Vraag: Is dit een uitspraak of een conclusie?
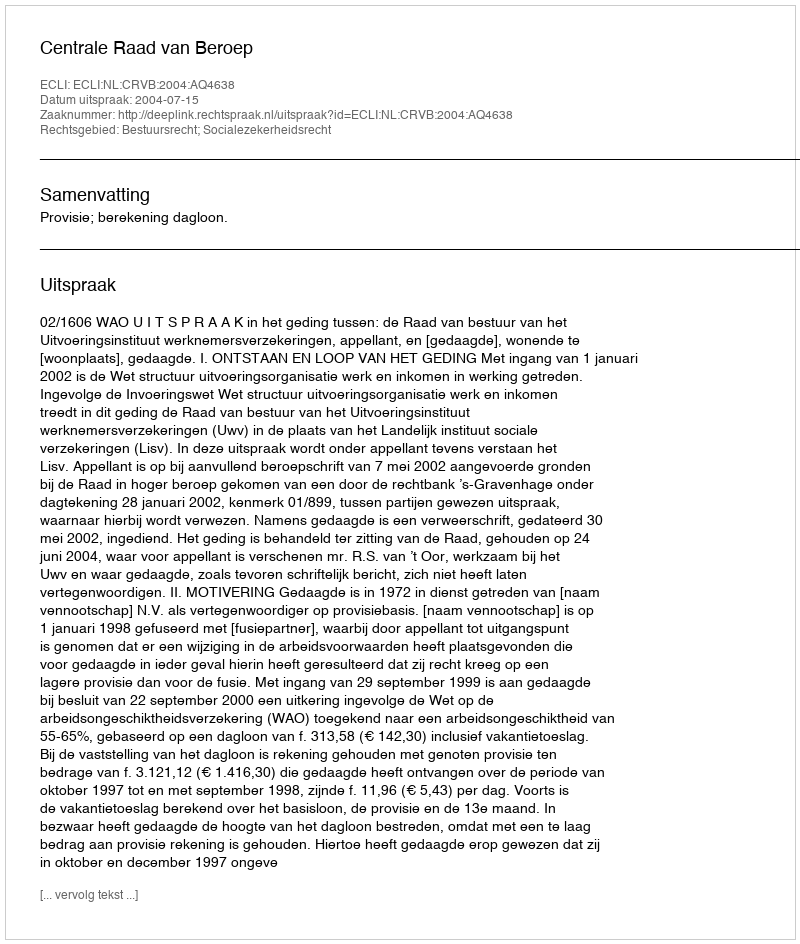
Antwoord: Uitspraak